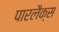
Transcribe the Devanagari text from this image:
पारलैक्स